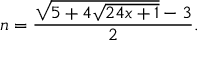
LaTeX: n = { \frac { { \sqrt { 5 + 4 { \sqrt { 2 4 x + 1 } } } } - 3 } { 2 } } .